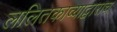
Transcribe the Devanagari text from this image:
ललितकाव्याद्वाराच